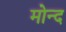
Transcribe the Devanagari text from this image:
मोन्‍द